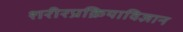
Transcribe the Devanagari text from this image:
शरीरप्रक्रियाविज्ञान